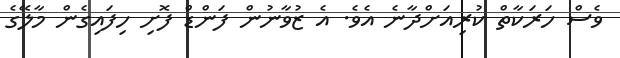
ވެސް ހަރަކާތް ކުރިއަށްދާނެ އެވެ. އެ ޒުވާނުން ފަންޑް ފޮށި ހިފައިގެން މާލޭގެ